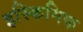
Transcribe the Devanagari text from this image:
इस्किमिक